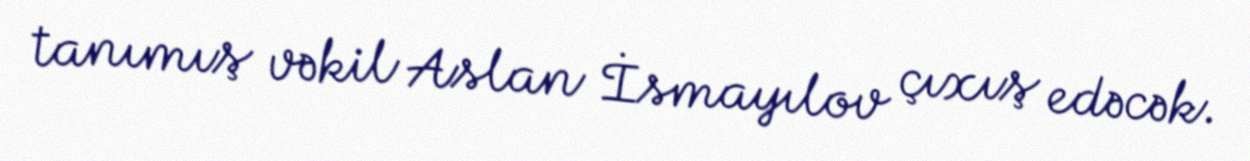
tanımış vəkil Aslan İsmayılov çıxış edəcək.